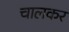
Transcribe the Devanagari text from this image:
चालकर